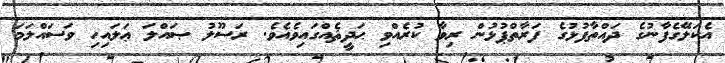
އެކަލޭގެފާނުގެ ދައްތާފުޅުގެ ފަރާތްޕުޅުން ރިވާ ކުރެއްވި ޙަދީޘެއްގައިވެއެވެ. ރަސޫލު ޞައްލަ ޢަލައިހި ވަސައްލަމަ